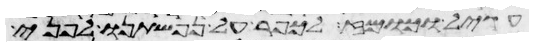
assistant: עגיל וכומז לכפר על נפשתינו לפני